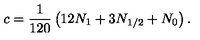
c = \frac { 1 } { 1 2 0 } \left( 1 2 N _ { 1 } + 3 N _ { 1 / 2 } + N _ { 0 } \right) .